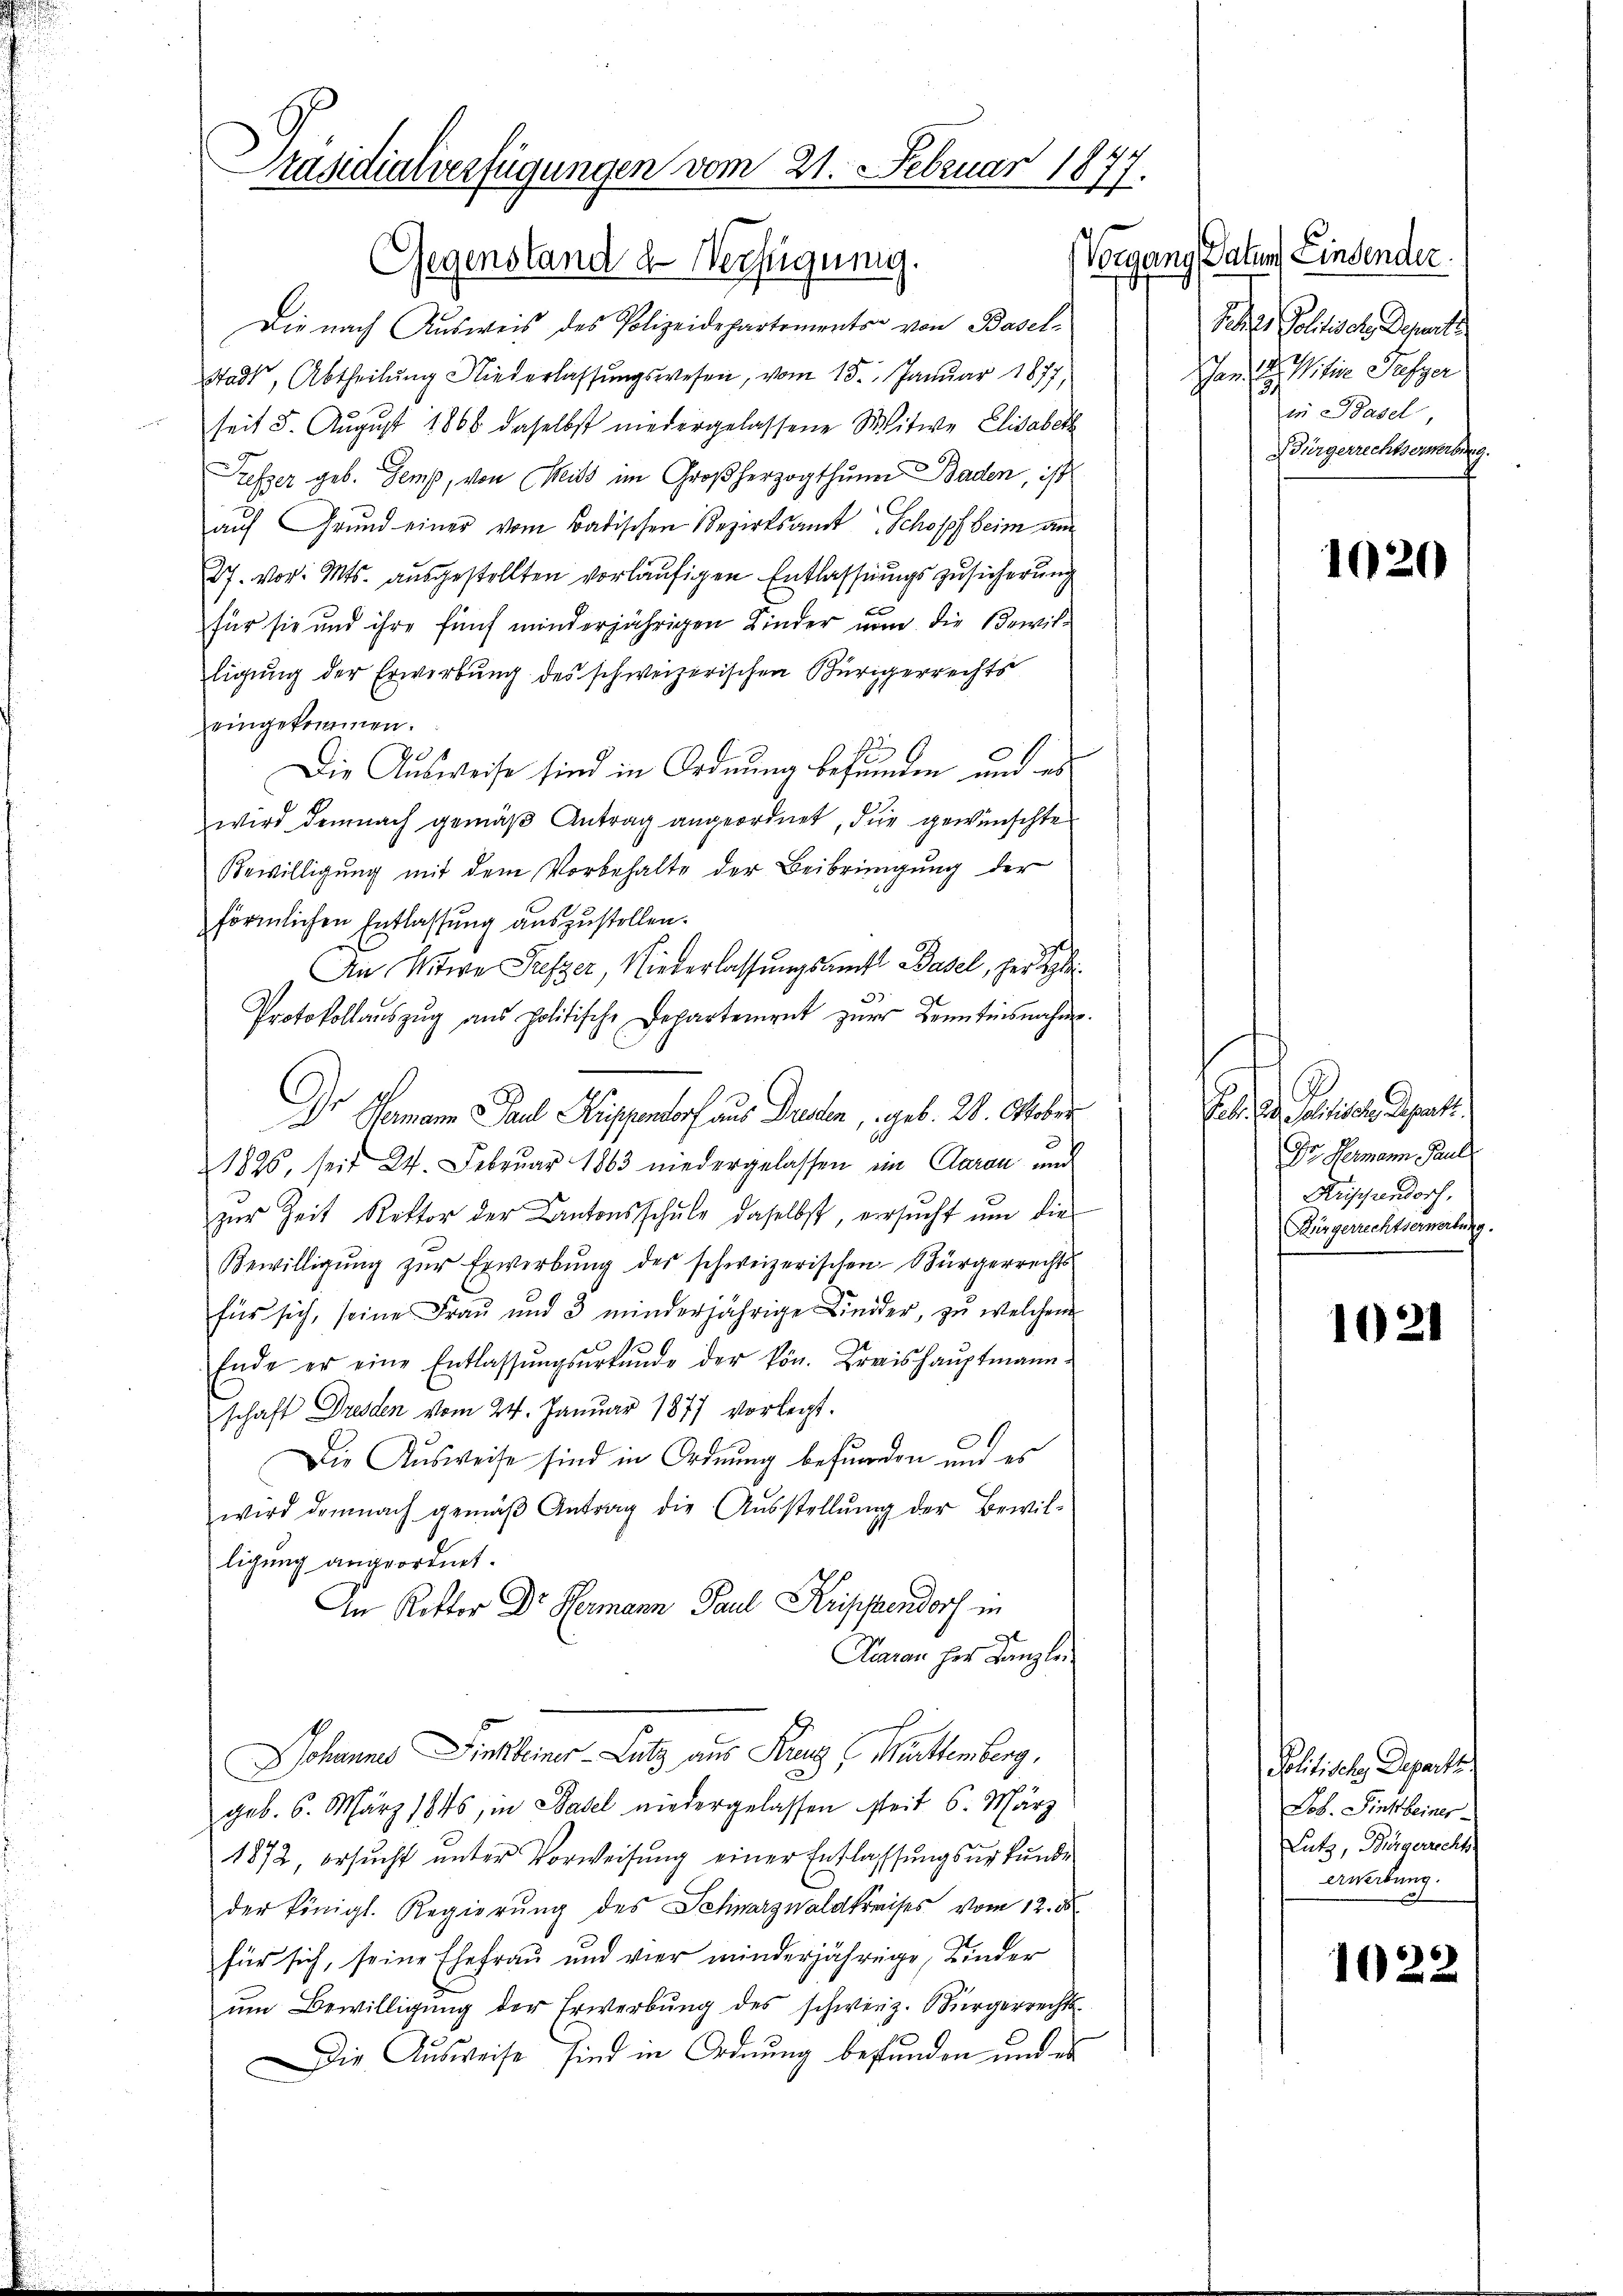
Präsidialverfügungen vom 21. Februar 1877.

Gegenstand de Verfügung.
Die nach Ausweis des Polizeidepartements von Basel-
Stadt, Abtheilŭng Niederlassŭngswesen, vom 15. Januar 1877,
seit 5. August 1868 daselbst niedergelassene Witwe Elisabeth
Kesser geb. Gemp, von Mits im Großherzogthum Baden, ist
auf Grund einer vom Badischen Bezirksamt Schopf beim am
27. vor. Mts. ausgestellten vorläufigen Entlassungszusicherung
für sie und ihre fünf minderjährigen Kinder nun die Bewilligung der Erwerbung des schweizerischen Bürgerrechts
eingekommen.
2
Die Ausweise sind in Ordnung befunden und es
wird demnach gemäß Antrag angeordnet, die gewünschte
Bewilligung mit dem Vorbehalte der Beibringung der
förmlichen Entlassung auszustellen.
An Witwe Prefzer, Niederlassungsamts Basel, her Regle
Protokollaŭszŭg aŭs politische Departement zŭr Kenntnisnahme.
Dr Hermann Paul Kuppendorf aus Bruden, geb. 28. Oktober
1826, seit 24. Februar 1863 niedergelassen im Garan und
zur Zeit Rektor der Antonsschule daselbst, ersucht um die
Bewilligŭng zŭr Erwerbung der schweizerischen Bürgerrechtsfür sich, seine Frau und 3 minderjährige Linder, zu welchem
Ende er eine Entlassŭngsŭrkŭnde der kön. Kreishauptmann-
schaft Dresden vom 24. Januar 1877 vorlegt.
Die Ausweise sind in Ordnung befunden und es
wird demnach gemäβ Antrag die Aŭsstellŭng der Bewil-
ligung angeordnet.
An Rektor Dr. Hermann Paul Krippendorf in
d
Kuaran her Kanzlei.
Johannes Finkleiner-Lutz aus Franz, Württemberg,
geb. 6. März 1845, in Basel niedergelassen seit 6. März
1872, ersŭcht ŭnter Vorweisŭng einer Entlassŭngsurkunde
der königl. Regierung des Schwarzwaldkreises vom 12. ds
für sich, seine Ehefrau und vier minderjährige, Kinder
ŭm Bewilligŭng der Erwerbŭng des schweiz. Bürgerrechts-
Die Ausweise sind in Ordnung bestunden und es

Vorgang Datum Linden,
Feder Gesch
han hie
in Bas
Bürgerrecht

.

Feb. den Pari
Dr. Hermann Par
Krisiren
Aergerrechts

1021

Politische Departe
Lob. Sinkleiner
Lutz, Bürgerrechts
Erwibung.

1022